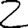
Digit: 2